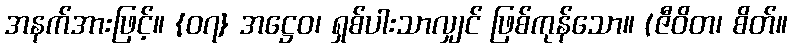
အနက်အားဖြင့်။ {၀၇} အဋ္ဌေဝ၊ ရှစ်ပါးသာလျှင် ဖြစ်ကုန်သော။ (ဇီဝိတ၊ စိတ်။